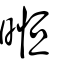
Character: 𣈶